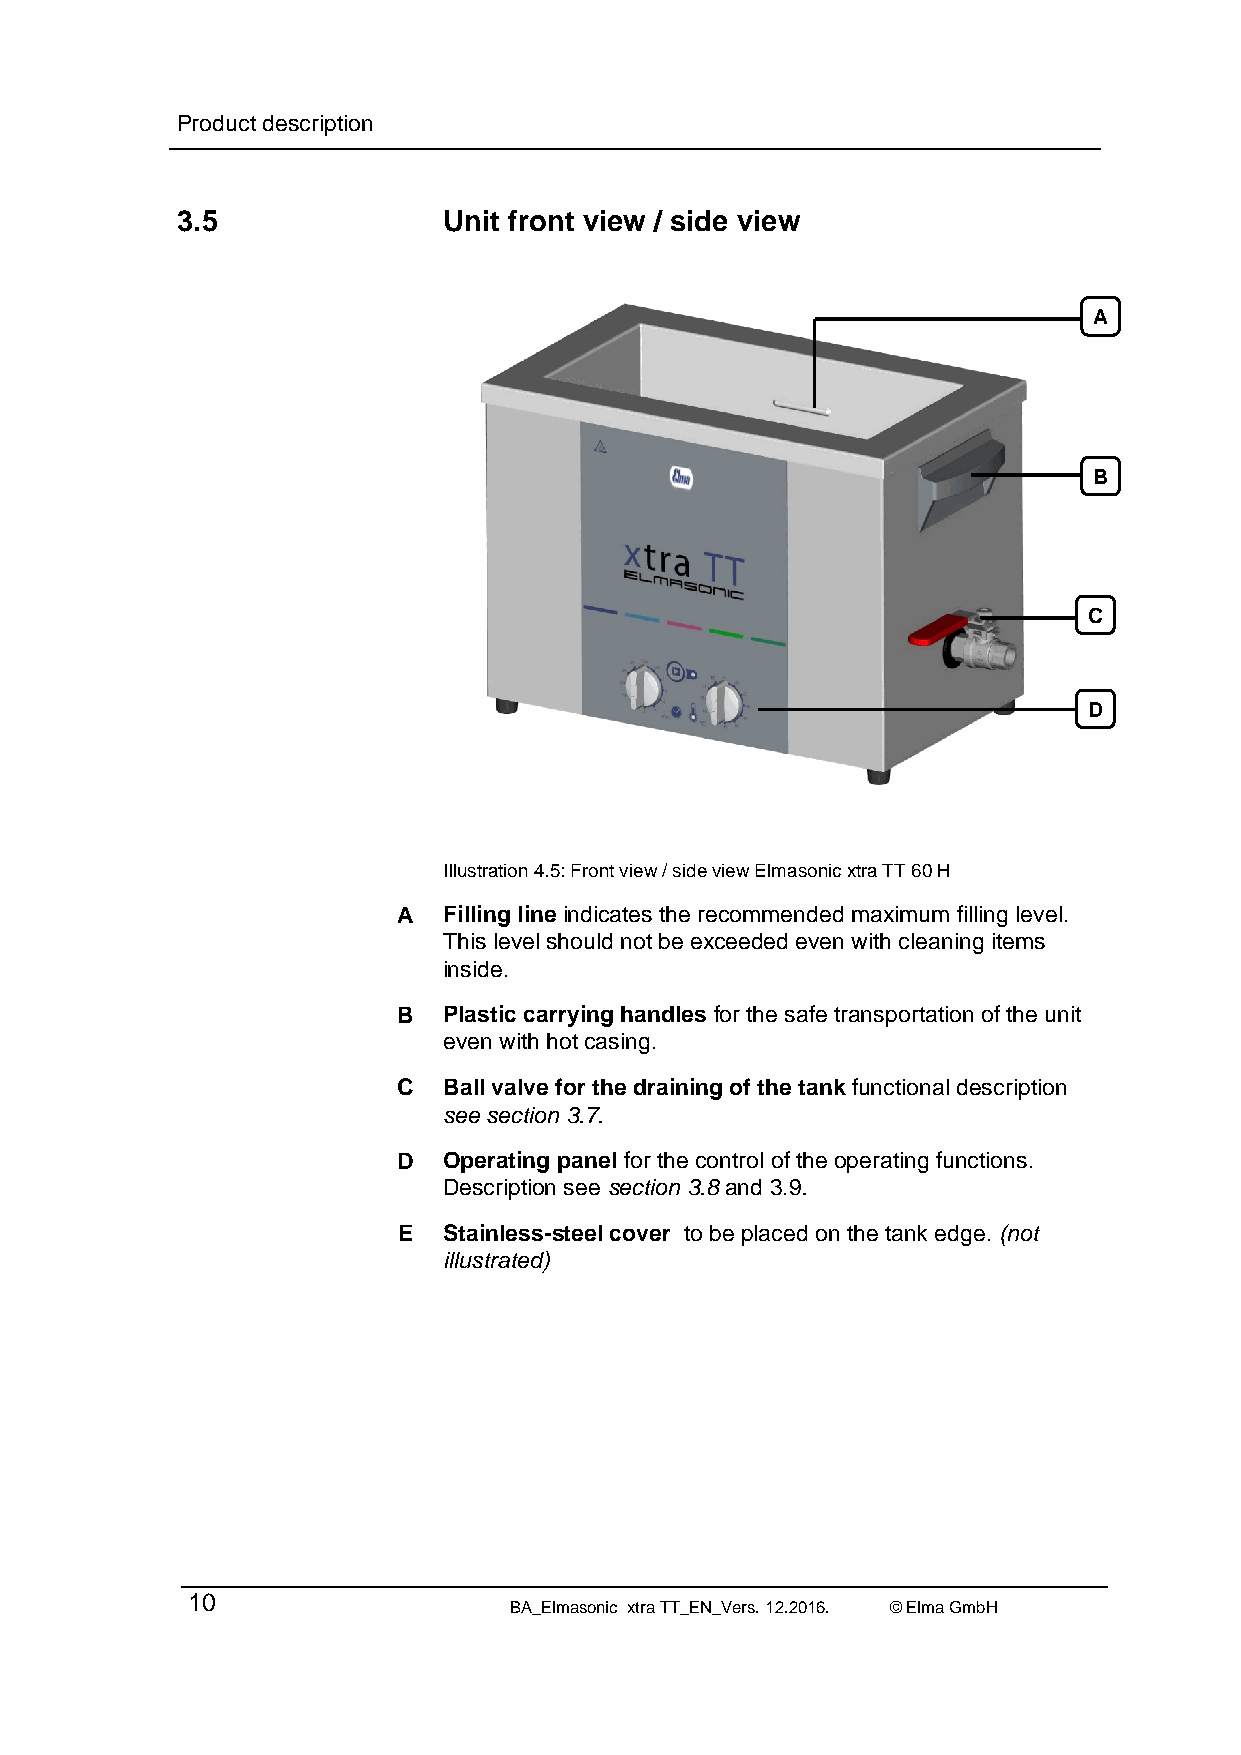
Product description
 3.5              Unit front view / side view
 A
 B
 C
 D
 Illustration 4.5: Front view / side view Elmasonic xtra TT 60 H
 A  Filling line indicates the recommended maximum filling level.
 This level should not be exceeded even with cleaning items
 inside.
 B  Plastic carrying handles for the safe transportation of the unit
 even with hot casing.
 C  Ball valve for the draining of the tank functional description
 see section 3.7.
 D  Operating panel for the control of the operating functions.
 Description see section 3.8 and 3.9.
 E  Stainless-steel cover to be placed on the tank edge. (not
 illustrated)
 10
 BA_Elmasonic xtra TT_EN_Vers. 12.2016. © Elma GmbH